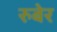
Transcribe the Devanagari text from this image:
रुबेर